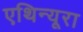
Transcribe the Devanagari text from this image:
एथिन्यूरा